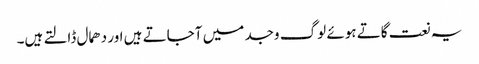
یہ نعت گاتے ہوئے لوگ وجد میں آجاتے ہیں اور دھمال ڈالتے ہیں۔